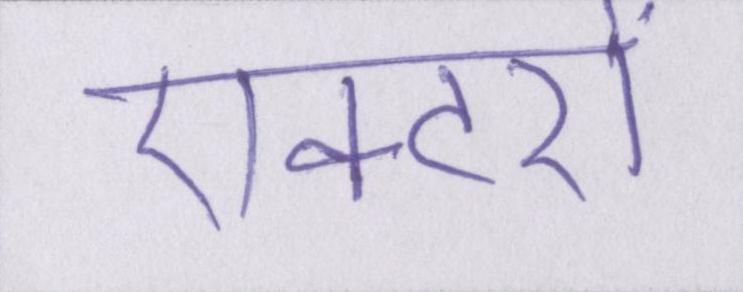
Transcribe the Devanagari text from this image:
एक्टरों